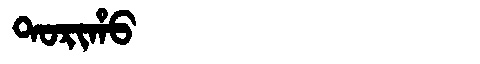
Manchu: ᡨᠣᡵᡳᡥᠣ
Romanization: TORIHO